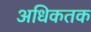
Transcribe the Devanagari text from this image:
अधिकतक